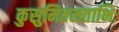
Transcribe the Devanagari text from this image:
कुसुमितलताभिः